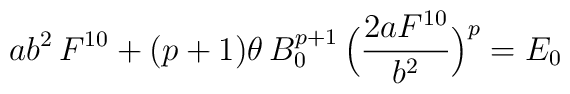
ab^2\,F^{10}+(p+1)\theta\,B_0^{p+1}\,\Bigl(\frac{2aF^{10}}{b^2}\Bigr)^p=E_0